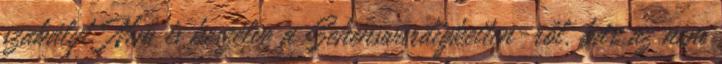
szabályt. Nem is beszélve a Sehenswürdigkeiten-ről, bár az nem